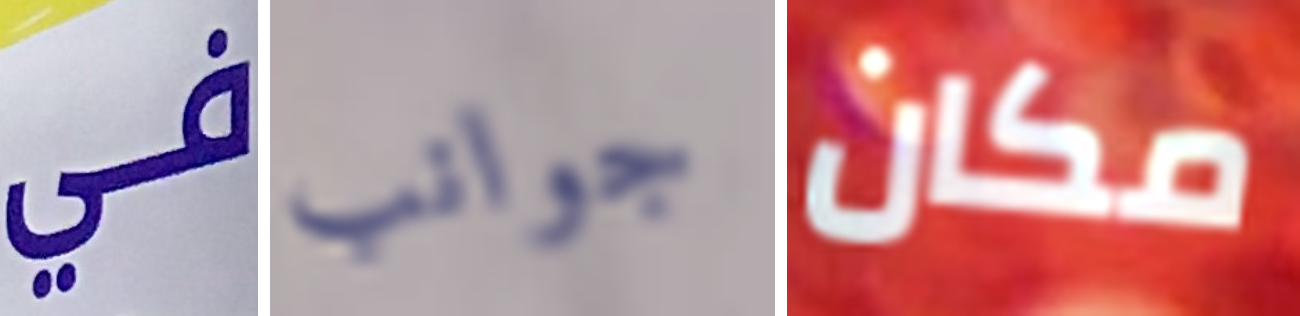
في جوانب مكان